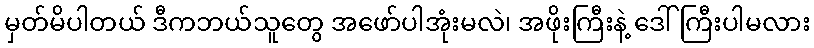
မှတ်မိပါတယ် ဒီကဘယ်သူတွေ အဖော်ပါအုံးမလဲ၊ အဖိုးကြီးနဲ့ ဒေါ်ကြီးပါမလား